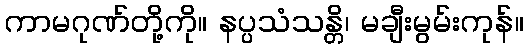
ကာမဂုဏ်တို့ကို။ နပ္ပသံသန္တိ၊ မချီးမွမ်းကုန်။